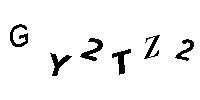
GY2TZ2